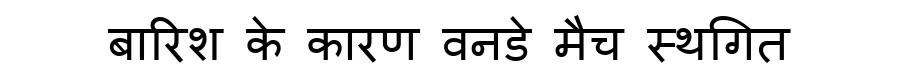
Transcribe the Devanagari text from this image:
बारिश के कारण वनडे मैच स्थगित